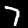
Label: 7